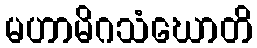
မဟာမိဂသံဃောတိ